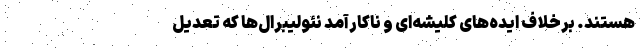
هستند. برخلافِ ایده‌های کلیشه‌ای و ناکارآمدِ نئولیبرال‌ها که تعدیل